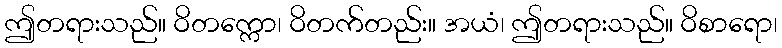
ဤတရားသည်။ ဝိတက္ကော၊ ဝိတက်တည်း။ အယံ၊ ဤတရားသည်။ ဝိစာရော၊